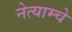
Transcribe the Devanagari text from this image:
नेत्याम्चे